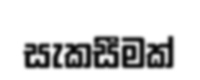
සැකසීමක්